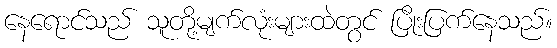
နေရောင်သည် သူတို့မျက်လုံးများထဲတွင် ပြိုးပြက်နေသည်။